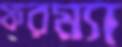
ফরম্যা